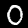
Digit: 0